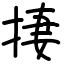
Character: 捿